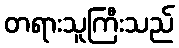
တရားသူကြီးသည်